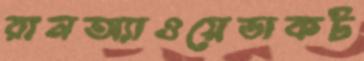
রানঅ্যাওয়েডাকট